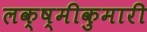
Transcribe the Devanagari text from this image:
लक्ष्मीकुमारी